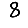
Digit: 8